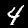
Label: 4